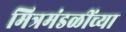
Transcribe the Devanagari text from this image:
मित्रमंडळींच्या